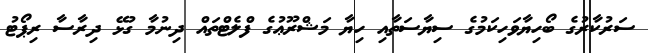
ސަރުކާރުގެ ބޯހިޔާވަހިކަމުގެ ސިޔާސަތާއި ހިޔާ މަޝްރޫޢުގެ ފްލެޓްތައް ދިނުމާ ގުޅޭ ދިރާސާ ރިޕޯޓު